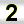
Digit: 2